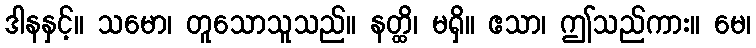
ဒါနနှင့်။ သမော၊ တူသောသူသည်။ နတ္ထိ၊ မရှိ။ ဧသာ၊ ဤသည်ကား။ မေ၊